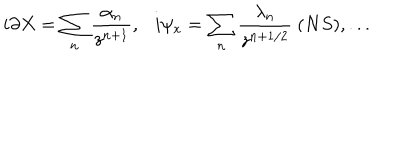
i \partial X = \sum _ { n } { \frac { \alpha _ { n } } { z ^ { n + 1 } } } , \ \ \ i \psi _ { x } = \sum _ { n } { \frac { \lambda _ { n } } { z ^ { n + 1 / 2 } } } \ ( N S ) , . . .